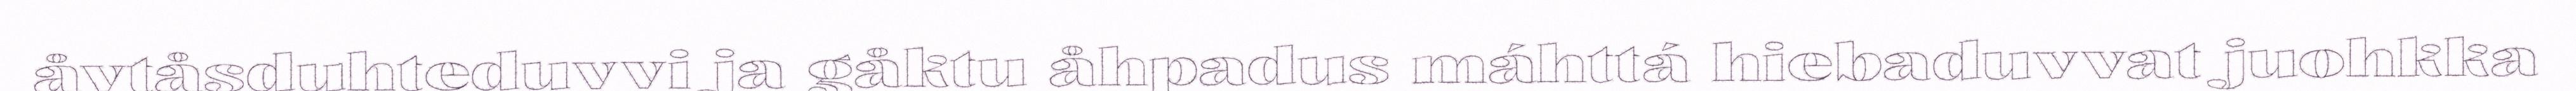
åvtåsduhteduvvi ja gåktu åhpadus máhttá hiebaduvvat juohkka